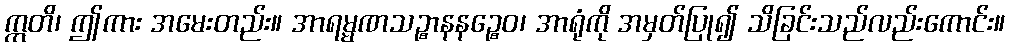
ဣတိ၊ ဤကား အမေးတည်း။ အာရမ္မဏသဉ္စာနနဉ္စေဝ၊ အာရုံကို အမှတ်ပြု၍ သိခြင်းသည်လည်းကောင်း။